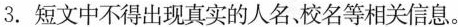
3.短文中不得出现真实的人名，校名等相关信息。